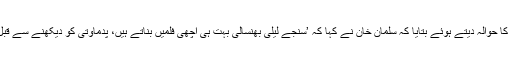
ڈی این اے انڈیا نے اپنی خبر میں نیوز 18 کا حوالہ دیتے ہوئے بتایا کہ سلمان خان نے کہا کہ ’سنجے لیلیٰ بھنسالی بہت ہی اچھی فلمیں بناتے ہیں، پدماوتی کو دیکھنے سے قبل اس کے حوالے سے فیصلہ کرنا غلط ہے۔